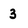
Character: 3